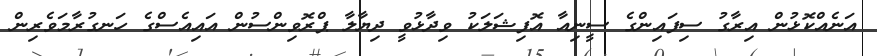
އަނެއްކޮޅުން އިރާގު ސިފައިންގެ ސީނިއާ އޮފިޝަލަކު ވިދާޅުވީ ދިޔާލާ ޕްރޮވިންސުން އައިއެސްގެ ހަނގުރާމަވެރިން